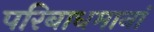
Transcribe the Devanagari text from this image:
परिबाधमानां